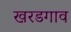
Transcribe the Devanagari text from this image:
खरडगाव